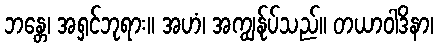
ဘန္တေ၊ အရှင်ဘုရား။ အဟံ၊ အကျွန်ုပ်သည်။ တယာဝါဒိနာ၊